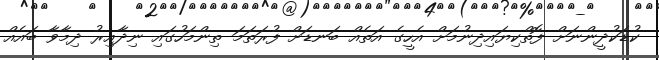
ކުޑަކުދީންނަށް ފޮތްކިޔައިދިނުމަށް އެހީގެ އަތެއް ބަނޑަށް ފުރަތަމަ ތިންމަހުގައި ނިދާއިރު ދިމާވާ ބައެއް